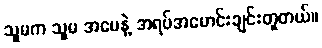
သူမက သူမ အမေနဲ့ အရပ်အမောင်းချင်းတူတယ်။